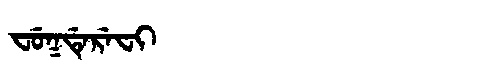
Manchu: ᠸᡠᡴᡩᡝᡵᡝᠸᡳ
Romanization: FUKDEREFI